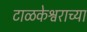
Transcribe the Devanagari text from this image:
टाळकेश्वराच्या